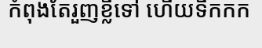
កំពុងតែរួញខ្លីទៅ ហើយទឹកកក